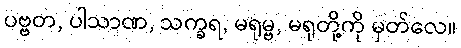
ပဗ္ဗတ, ပါသာဏ, သက္ခရ, မရုမ္ဗ, မရုတို့ကို မှတ်လေ။